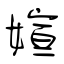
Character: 媗